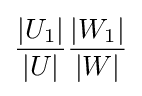
{\frac {|U_{1}|}{|U|}}{\frac {|W_{1}|}{|W|}}